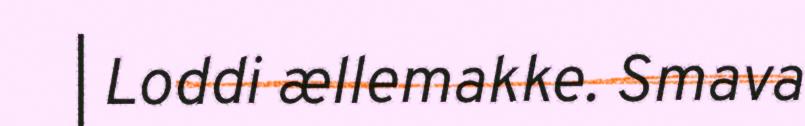
| Loddi ællemakke. Smava